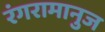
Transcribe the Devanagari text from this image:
रंगरामानुज